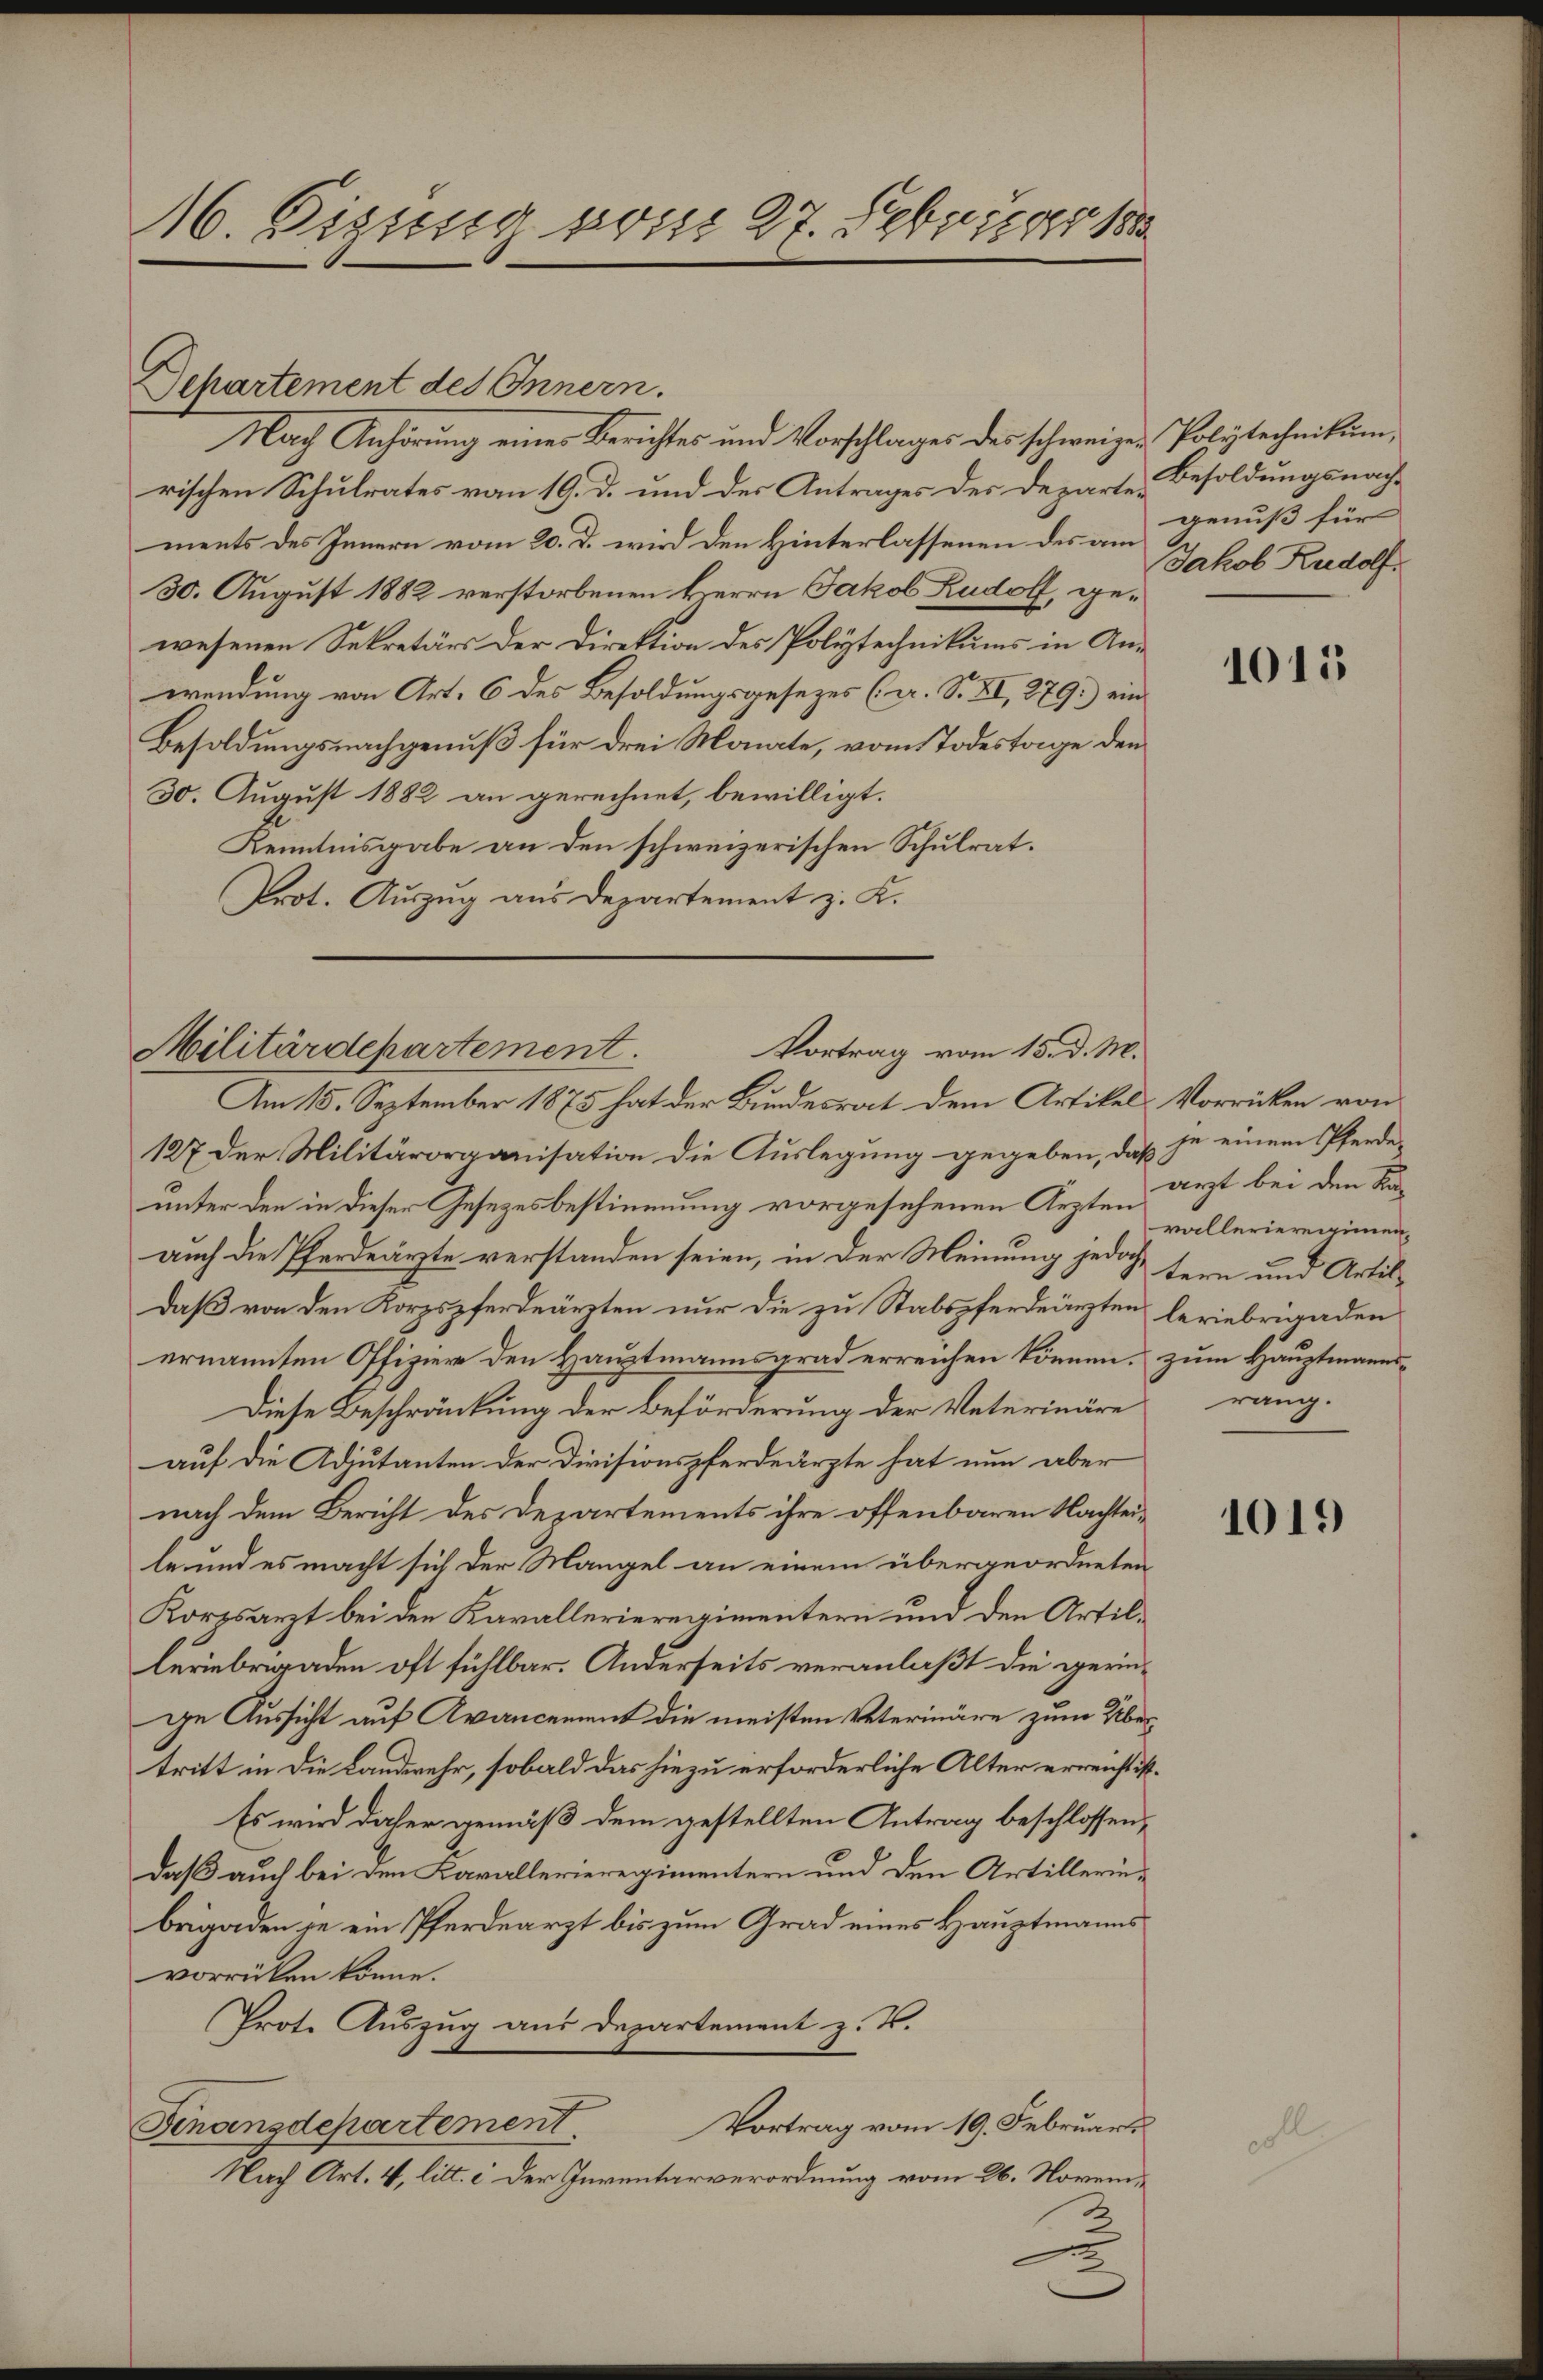
16 Fizssig vom 27. Februar 188

Departement des Innern.
Nach Anhörung einer Berichtes und Vorschlages des schweizer Polytechnikum,
rischen Schulrates vom 19. d. und der Antrages des Departe Besoldungsnach-
ments des Innern vom 20. d. wird den Hinterlassenen des am genuß für
30. August 1882 verstorbenen Herrn Jakob Rudolf, gewesenen Sekretärs der Direktion des Polytechnikums in Anwendung von Art. 6 des Besoldungsgesezes (s. S. XI, 279.) ein
Besoldungsnachgenuß für drei Monate, vom Todestage den
30. August 1882 an gerechnet, bewilligt.
Kenntnisgabe an den schweizerischen Schulrat.
Prot. Auszug aus Departement z. K.

Vortrag vom 15. d. M.
Militärdepartement.
Am 15. September 1875 hat der Bundesrat dem Artikel. Vorrücken von

127 der Militärorganisation die Auslegung gegeben, daß je einem Pferdeunter den in dieser Gesetzesbestimmung vorgesehenen Ärzten
auch die Pferdeärzte verstanden seien, in der Meinung jedoch fern und Artildaß von den Korpspferdeärten nur die zu Stabspferdeärzten leriebrigaden
ernannten Offiziere den Hauptmannsgrad erreichen können, zum Hauptmanns¬
Diese Beschränkung der Beförderung der Veterinäre
auf die Adjutanten der Divisionspferdeärzte hat nun aber
nach dem Bericht des Departements ihre offenbaren Nachteile und es macht sich der Mangel an einem übergeordneten
Korpsarzt bei den Kavallerieregimentern und den Artilleriebrigaden oft fühlbar. Anderseits veranlaßt die geringe Aussicht auf Avancement die meisten Veterinäre zum Übertritt in die Landwehr, sobald das hiezu erforderliche Alter erreicht ist.
Es wird daher gemäß dem gestellten Antrag beschlossen,
daß auch bei den Kavallerieregimentern und den Artillerinbrigaden je ein Pferdearzt bis zum Grad eines Hauptmanns
vorrücken könne.
Prote Auszug aus Departement z. B.
Vortrag vom 19. Februars
Finanzdepartement
Nach Art. 4, litt. c der Inventarverordnung vom 26. Novem¬

Jakob Rudolf

1015

arzt bei den Kavallerieregimenrang.

1019